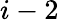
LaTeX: i-2